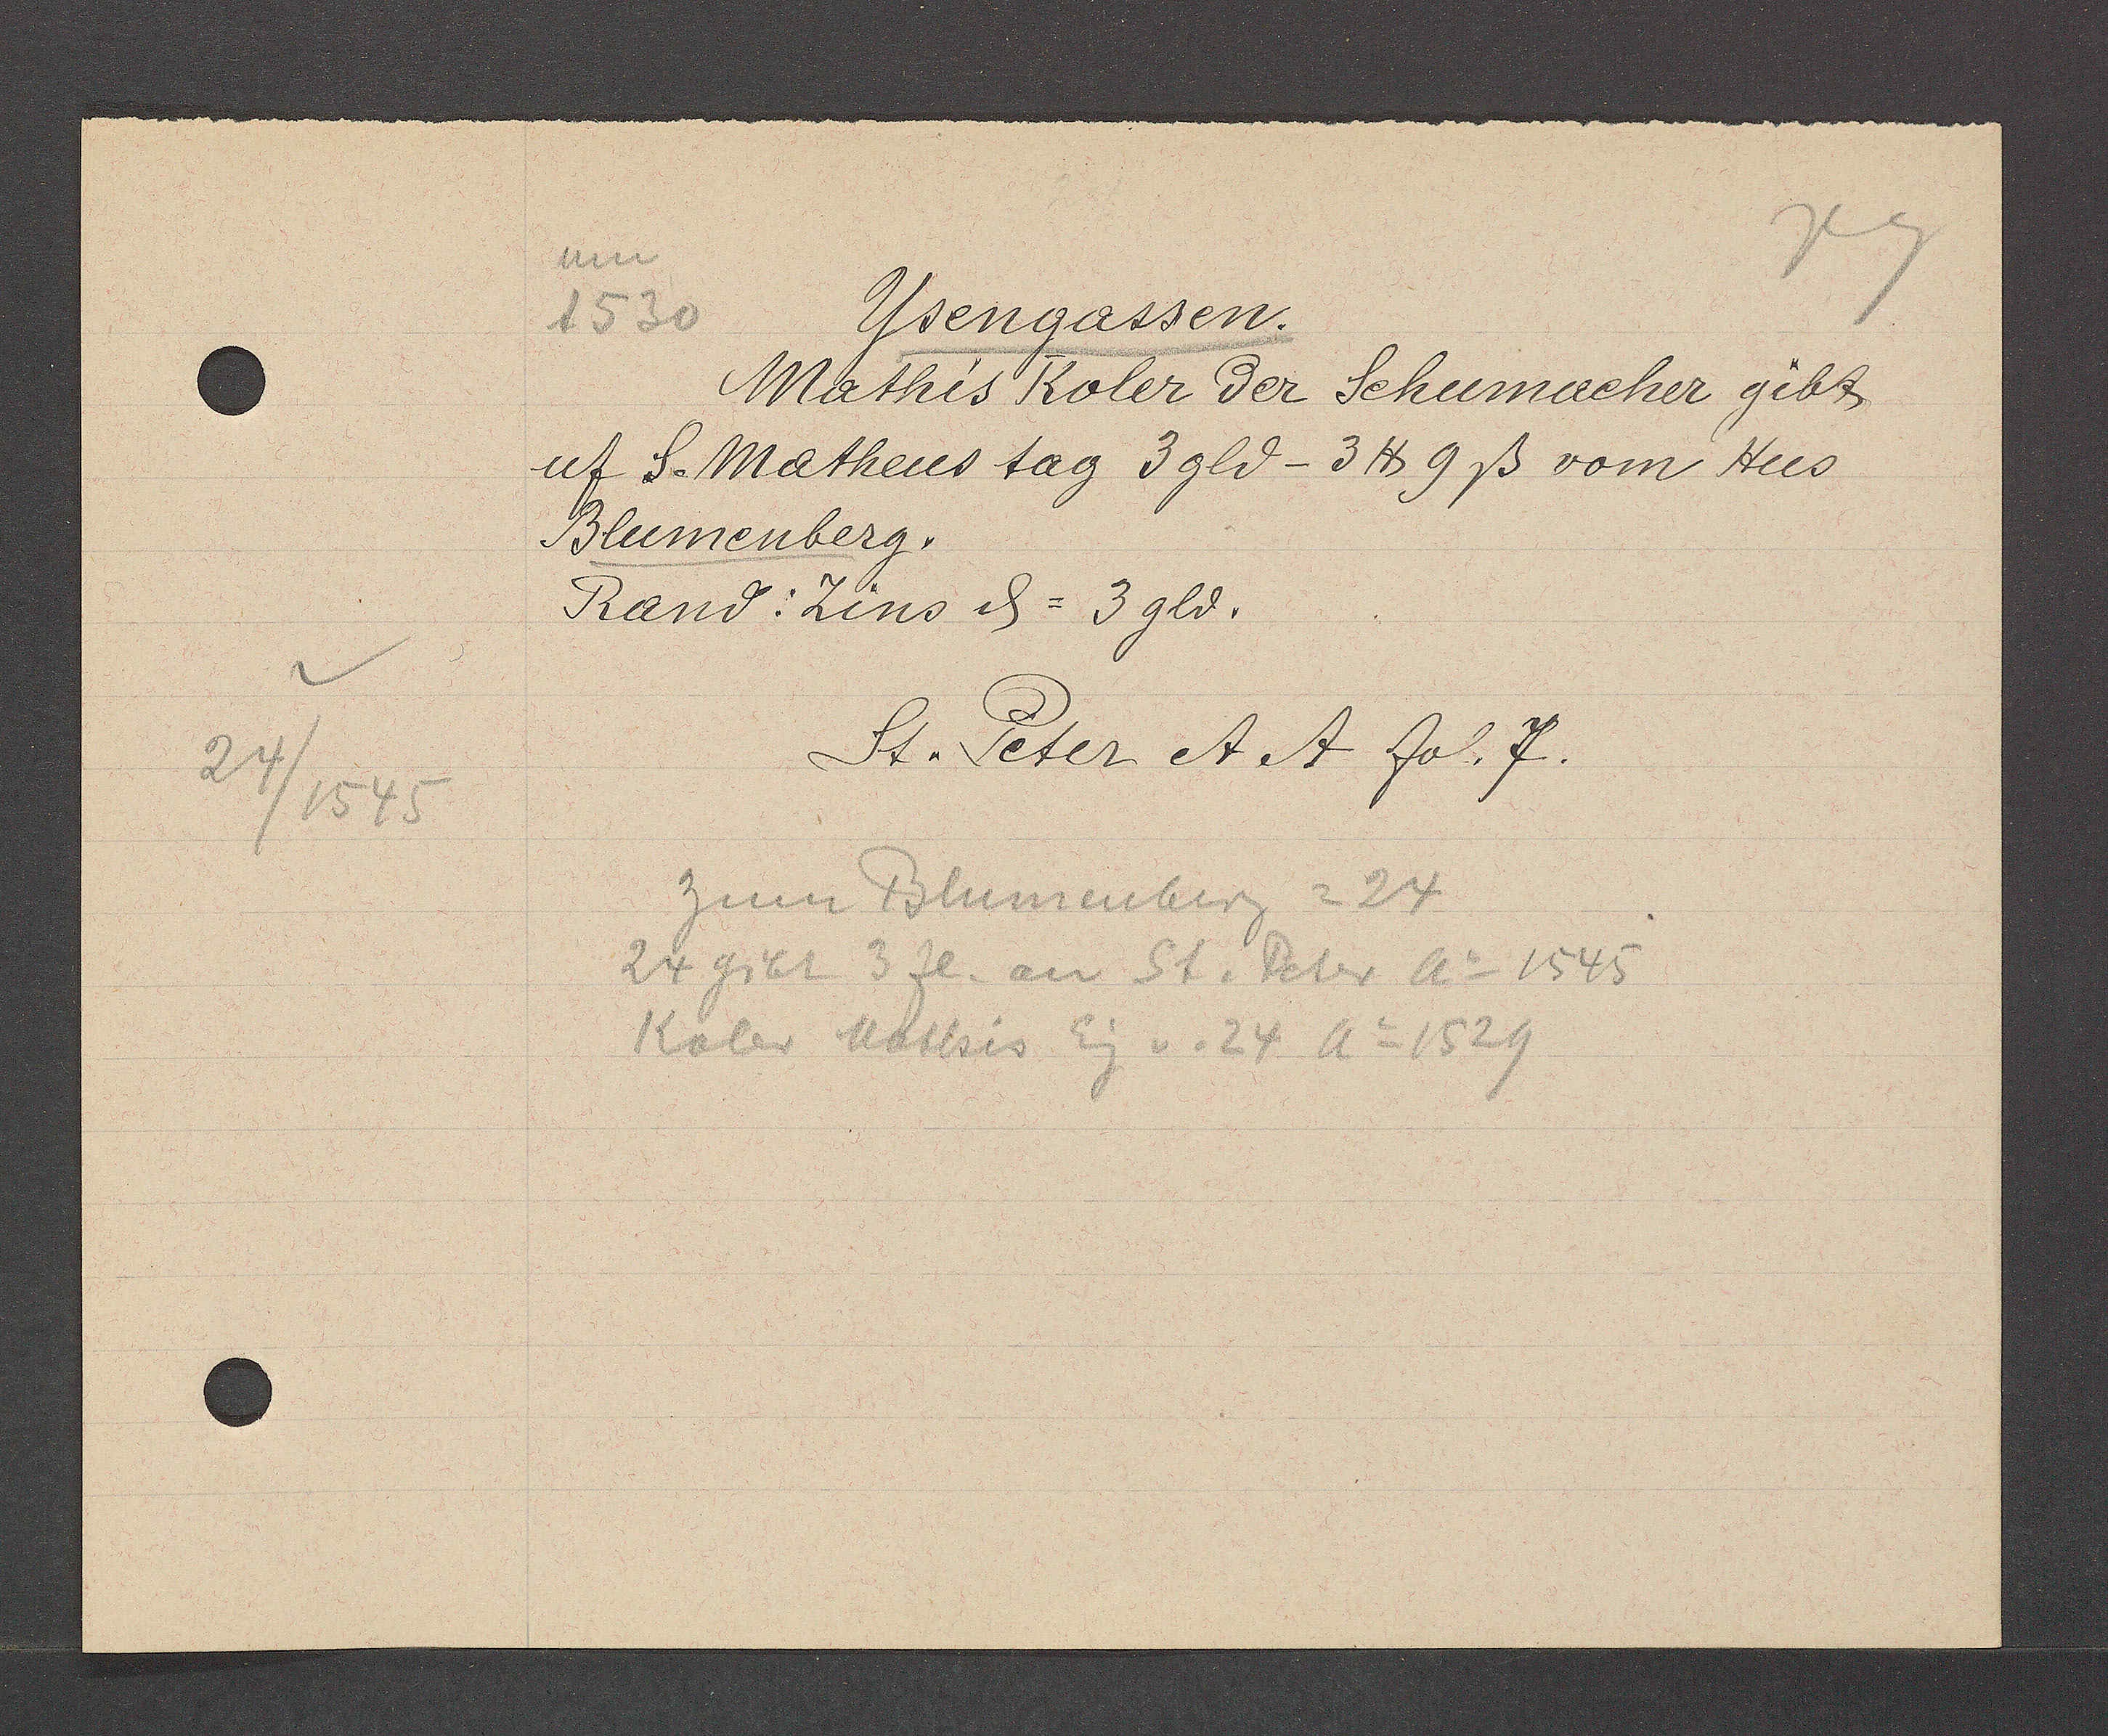
Transcript:
24/1545

Ysengassen
1530
Mathis Koler der Schumacher gibt
uf S. Matheus tag 3 gld-3 ℔ 9ß vom Hus
Blumenberg.
Rand: Zins ȡ= 3 gld.
St. Peter A A fol.7.
zum Blumenberg = 24
24 gibt 3 fl. an St. Peter Ao 1545
Koler Mathis Eg v. 24 Ao 1529